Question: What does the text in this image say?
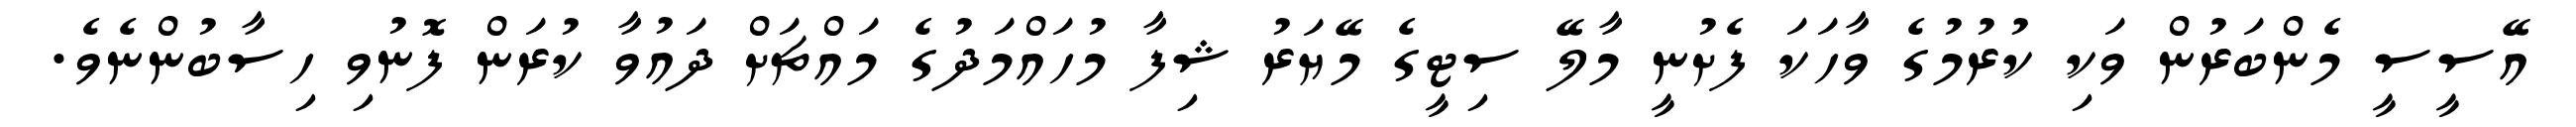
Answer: އޭސީސީ މެންބަރުން ވަކި ކުރުމުގެ ވާހަކަ ފެށުނީ މާލޭ ސިޓީގެ މޭޔަރު ޝިފާ މުހައްމަދުގެ މައްޗަށް ދައުވާ ކުރަން ފޮނުވި ހިސާބުންނެވެ.